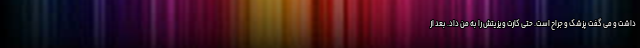
داشت و می گفت پزشک و جراح است. حتی کارت ویزیتش را به من داد. بعد از